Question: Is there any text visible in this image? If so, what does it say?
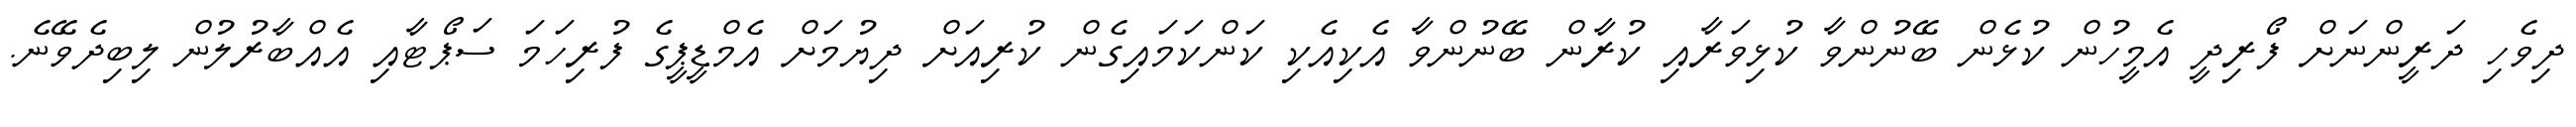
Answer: ދިވެހި ދަރީންނަށް ފޯރިދީ އެމީހުން ކުޅެން ބޭނުންވާ ކުޅިވަރާއި ކުރާން ބޭނުންވާ އެކިއެކި ކަންކަމައިގެން ކުރިއަށް ދިޔުމަށް އެމްޑީޕީގެ ފުރިހަމަ ސަޕޯޓާއި އެއްބާރުލުން ލިބިދެވޭނެ.